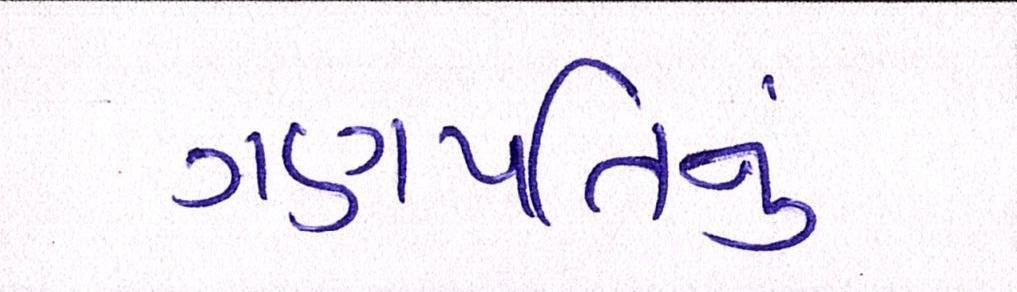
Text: ગણપતિનું